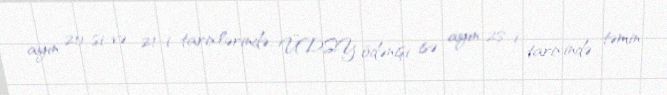
ayın 20-si və 21-i tarixlərində, ÜDSY ödənişi isə ayın 28-i tarixində təmin